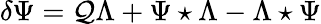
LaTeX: \delta\Psi=\mathcal{Q}\Lambda+\Psi\star\Lambda-\Lambda\star\Psi